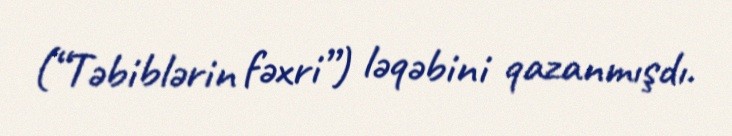
(“Təbiblərin fəxri”) ləqəbini qazanmışdı.